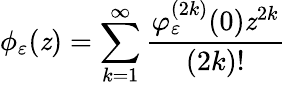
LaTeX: \phi_{\varepsilon}(\mathit{z})=\sum_{k=1}^{\infty}\frac{{\varphi_{\varepsilon}^{(2k)}(0)\mathit{z}^{2k}}}{{(2k)!}}